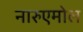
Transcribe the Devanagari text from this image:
नारुएमोल